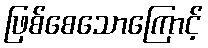
ဖြစ်စေသောကြောင့်